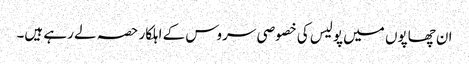
ان چھاپوں میں پولیس کی خصوصی سروس کے اہلکار حصہ لے رہے ہیں۔